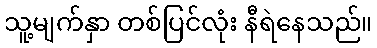
သူ့မျက်နှာ တစ်ပြင်လုံး နီရဲနေသည်။